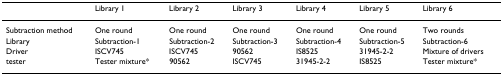
<table><thead><tr><td></td><td><b>Library 1</b></td><td><b>Library 2</b></td><td><b>Library 3</b></td><td><b>Library 4</b></td><td><b>Library 5</b></td><td><b>Library 6</b></td></tr></thead><tbody><tr><td>Subtraction method</td><td>One round</td><td>One round</td><td>One round</td><td>One round</td><td>One round</td><td>Two rounds</td></tr><tr><td>Library</td><td>Subtraction-1</td><td>Subtraction-2</td><td>Subtraction-3</td><td>Subtraction-4</td><td>Subtraction-5</td><td>Subtraction-6</td></tr><tr><td>Driver</td><td>ISCV745</td><td>ISCV745</td><td>90562</td><td>IS8525</td><td>31945-2-2</td><td>Mixture of drivers</td></tr><tr><td>tester</td><td>Tester mixture*</td><td>90562</td><td>ISCV745</td><td>31945-2-2</td><td>IS8525</td><td>Tester mixture*</td></tr></tbody></table>